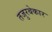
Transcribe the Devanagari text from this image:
तजुरबेकार